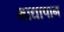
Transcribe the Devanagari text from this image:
माद्यापान